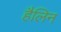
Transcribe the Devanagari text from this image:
हैलिन